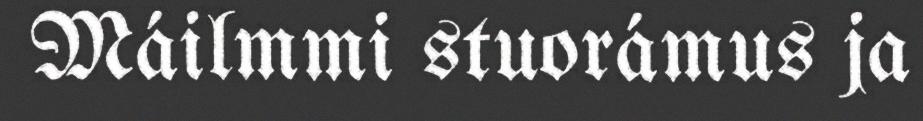
Máilmmi stuorámus ja